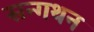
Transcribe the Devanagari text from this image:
सन्गथन